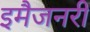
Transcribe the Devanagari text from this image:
इमैजनरी